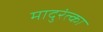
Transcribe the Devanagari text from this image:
मादुरंत्का